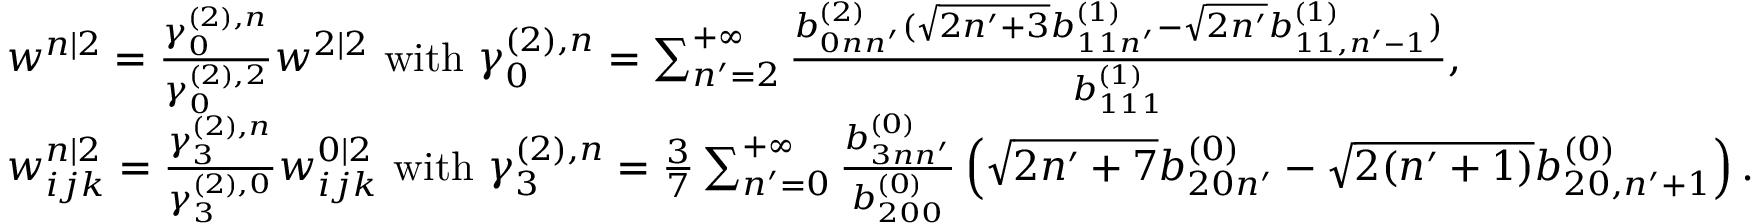
\begin{array} { r l } & { w ^ { n | 2 } = \frac { \gamma _ { 0 } ^ { ( 2 ) , n } } { \gamma _ { 0 } ^ { ( 2 ) , 2 } } w ^ { 2 | 2 } \mathrm { ~ w i t h ~ } \gamma _ { 0 } ^ { ( 2 ) , n } = \sum _ { n ^ { \prime } = 2 } ^ { + \infty } \frac { b _ { 0 n n ^ { \prime } } ^ { ( 2 ) } ( \sqrt { 2 n ^ { \prime } + 3 } b _ { 1 1 n ^ { \prime } } ^ { ( 1 ) } - \sqrt { 2 n ^ { \prime } } b _ { 1 1 , n ^ { \prime } - 1 } ^ { ( 1 ) } ) } { b _ { 1 1 1 } ^ { ( 1 ) } } , } \\ & { w _ { i j k } ^ { n | 2 } = \frac { \gamma _ { 3 } ^ { ( 2 ) , n } } { \gamma _ { 3 } ^ { ( 2 ) , 0 } } w _ { i j k } ^ { 0 | 2 } \mathrm { ~ w i t h ~ } \gamma _ { 3 } ^ { ( 2 ) , n } = \frac { 3 } { 7 } \sum _ { n ^ { \prime } = 0 } ^ { + \infty } \frac { b _ { 3 n n ^ { \prime } } ^ { ( 0 ) } } { b _ { 2 0 0 } ^ { ( 0 ) } } \left( \sqrt { 2 n ^ { \prime } + 7 } b _ { 2 0 n ^ { \prime } } ^ { ( 0 ) } - \sqrt { 2 ( n ^ { \prime } + 1 ) } b _ { 2 0 , n ^ { \prime } + 1 } ^ { ( 0 ) } \right) . } \end{array}